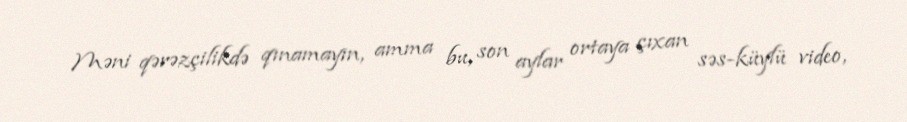
Məni qərəzçilikdə qınamayın, amma bu, son aylar ortaya çıxan səs-küylü video,